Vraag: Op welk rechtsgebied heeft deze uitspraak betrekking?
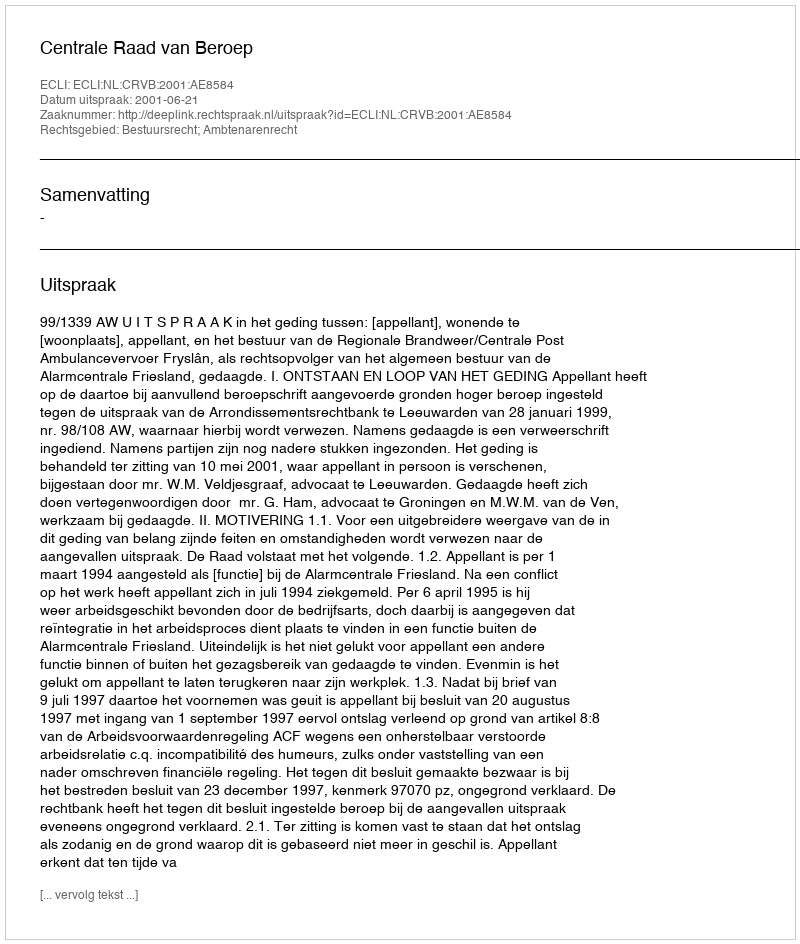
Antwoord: Bestuursrecht; Ambtenarenrecht